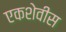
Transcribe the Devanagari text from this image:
एकशेवीस